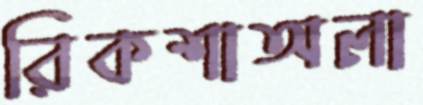
রিকশাঅলা